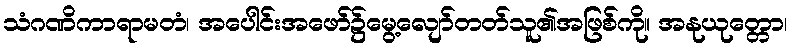
သံဂဏိကာရာမတံ၊ အပေါင်းအဖော်၌မွေ့လျော်တတ်သူ၏အဖြစ်ကို။ အနုယုတ္တော၊